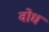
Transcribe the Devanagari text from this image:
वोध